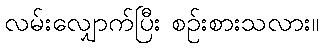
လမ်းလျှောက်ပြီး စဉ်းစားသလား။